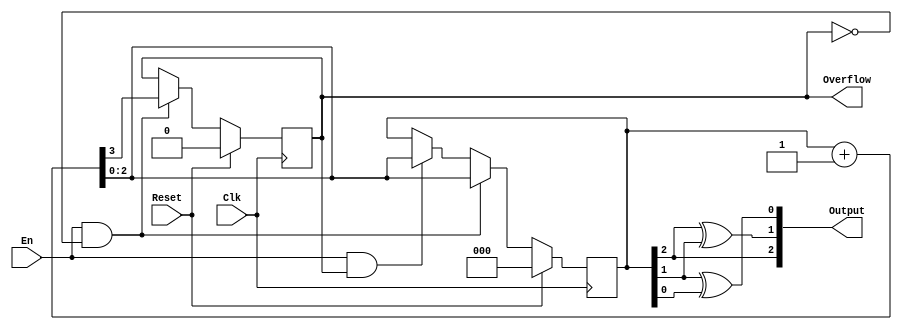
`timescale 1ns / 1ps
//////////////////////////////////////////////////////////////////////////////////
// Company: 
// Engineer: 
// 
// Design Name: 
// Module Name:    gray 
// Project Name: 
// Target Devices: 
// Tool versions: 
// Description: 
//
// Dependencies: 
//
// Revision: 
// Revision 0.01 - File Created
// Additional Comments: 
//
//////////////////////////////////////////////////////////////////////////////////
module gray(
    input Clk,
    input Reset,
    input En,
    output [2:0] Output,
    output Overflow
    );
	 reg [7:0] memor[1023:0];
	 reg [2:0] media = 0;
	 reg over = 0;
	 assign Overflow = over;
	 assign Output[2]=media[2];
	 assign Output[1]=media[2]^media[1];
	 assign Output[0]=media[1]^media[0];
	 always@(posedge Clk)begin
		if(Reset)begin
			media<=0;
			over<=0;
		end
		else if(En&&!over)
			{over,media}<=media+1;
		else if(En&&over)begin
			media<=media+1;
		end
	 end
endmodule